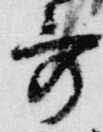
哥